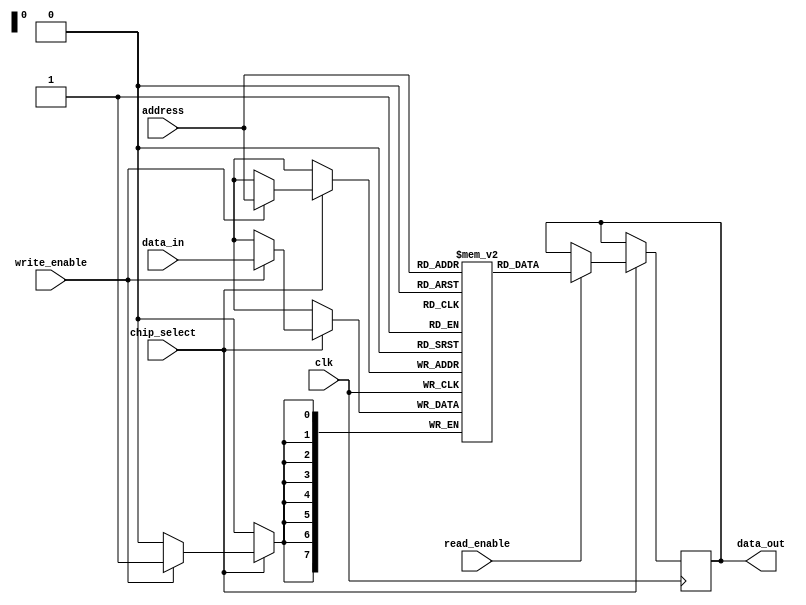
module mram_io_block #(
    parameter DATA_WIDTH = 8,    // Width of data bus
    parameter ADDRESS_WIDTH = 8   // Width of address bus
)(
    input wire clk,
    input wire chip_select,
    input wire read_enable,
    input wire write_enable,
    input wire [ADDRESS_WIDTH-1:0] address,
    input wire [DATA_WIDTH-1:0] data_in,
    output reg [DATA_WIDTH-1:0] data_out
);

// Internal memory storage (simple dual-port RAM)
reg [DATA_WIDTH-1:0] memory [0:(1<<ADDRESS_WIDTH)-1];

// Control logic
always @(posedge clk) begin
    if (chip_select) begin
        if (write_enable) begin
            // Write data to MRAM
            memory[address] <= data_in; // Latch input data
        end
        if (read_enable) begin
            // Read data from MRAM
            data_out <= memory[address]; // Output data
        end
    end
end

// Power management and idle state handling can be added here as needed

// Error detection (parity check example)
// You can expand the functionality here based on your requirements

endmodule